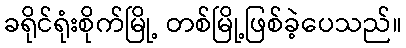
ခရိုင်ရုံးစိုက်မြို့ တစ်မြို့ဖြစ်ခဲ့ပေသည်။